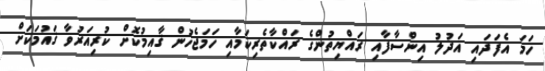
ހަމަ އެފަދައި އަދުލު އިންސާފާއި ރައްޔިތުންގެ ރައްކާތެރިކަމާއި ހަމަޖެހުން ޤާއިމުކޮށް ކުރިއަރުވާ ޤައުމަކަށް